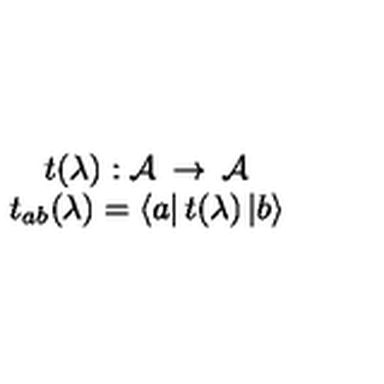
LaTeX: \begin{array} { c } { t ( \lambda ) : { \cal A } \: \rightarrow \: { \cal A } } \\ { t _ { a b } ( \lambda ) = \left\langle a \right| t ( \lambda ) \left| b \right\rangle } \\ \end{array}